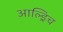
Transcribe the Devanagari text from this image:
आल्ड्रिच